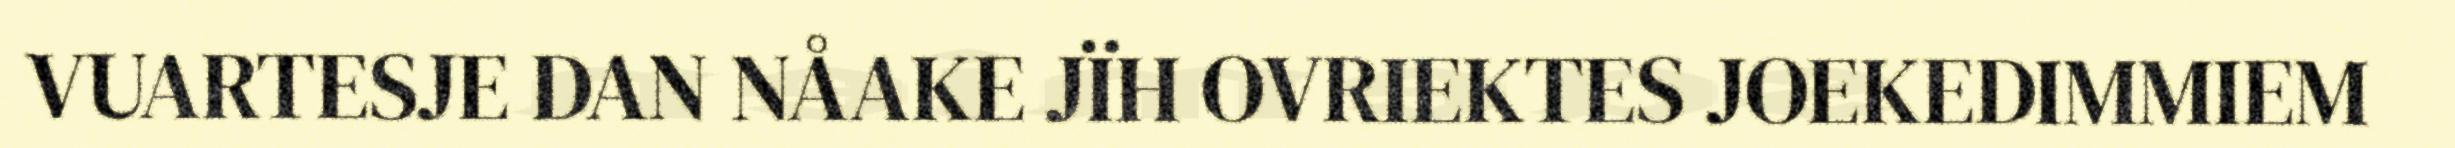
VUARTESJE DAN NÅAKE JÏH OVRIEKTES JOEKEDIMMIEM